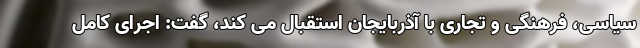
سیاسی، فرهنگی و تجاری با آذربایجان استقبال می کند، گفت: اجرای کامل